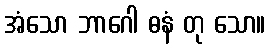
အံသော ဘာဂေါ ဓနံ တု သော။